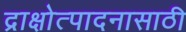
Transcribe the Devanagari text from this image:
द्राक्षोत्पादनासाठी